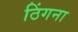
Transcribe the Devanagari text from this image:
ठिंगना